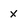
Character: X